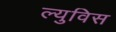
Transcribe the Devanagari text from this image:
ल्युविस